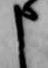
申